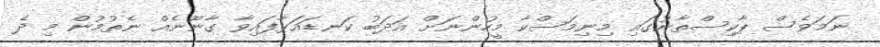
ނަމަވެސް ޕާކިސްތާނުގައި މިނިމަސްކާ މީހުންނަށް އަދަބު ކަނޑައަޅާފައިވާ ގާނޫނެއް ނެތުމުން މި ދެ